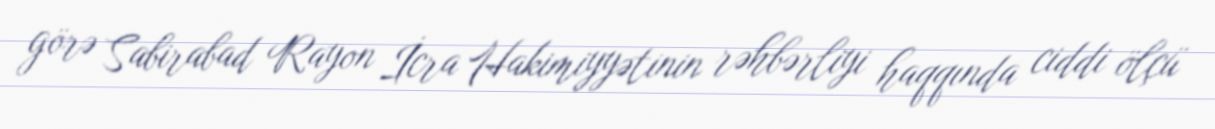
görə Sabirabad Rayon İcra Hakimiyyətinin rəhbərliyi haqqında ciddi ölçü